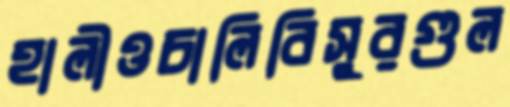
হালীওচালিবিসুরগুল